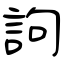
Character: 訽